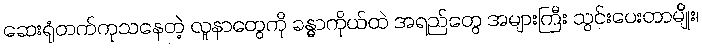
ဆေးရုံတက်ကုသနေတဲ့ လူနာတွေကို ခန္ဓာကိုယ်ထဲ အရည်တွေ အများကြီး သွင်းပေးတာမျိုး၊